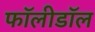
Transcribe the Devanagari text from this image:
फॉलीडॉल